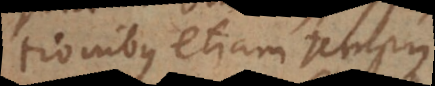
tionibus etiam tempus